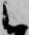
候